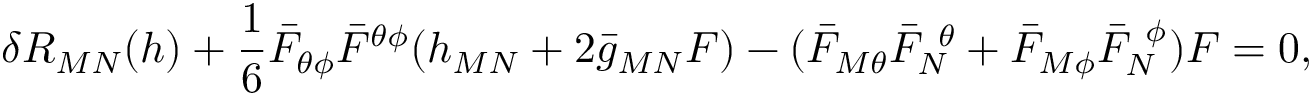
\delta R _ { M N } ( h ) + { \frac { 1 } { 6 } } \bar { F } _ { \theta \phi } \bar { F } ^ { \theta \phi } ( h _ { M N } + 2 \bar { g } _ { M N } { \cal F } ) - ( \bar { F } _ { M \theta } \bar { F } _ { N } ^ { ~ \theta } + \bar { F } _ { M \phi } \bar { F } _ { N } ^ { ~ \phi } ) { \cal F } = 0 ,